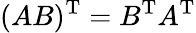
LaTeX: (AB)^{\mathrm{T}}=B^{\mathrm{T}}A^{\mathrm{T}}